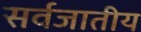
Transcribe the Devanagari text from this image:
सर्वजातीय